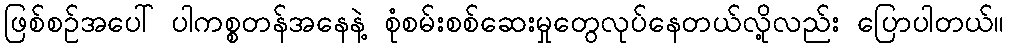
ဖြစ်စဉ်အပေါ် ပါကစ္စတန်အနေနဲ့ စုံစမ်းစစ်ဆေးမှုတွေလုပ်နေတယ်လို့လည်း ပြောပါတယ်။